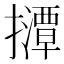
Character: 𫾘